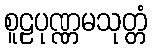
စူဠပုဏ္ဏမသုတ္တံ